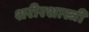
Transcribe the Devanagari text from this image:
शरीरशास्त्री